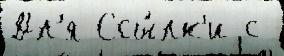
Дл'я Ссы́лк'и с